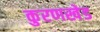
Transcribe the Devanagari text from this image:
कुरणखेड